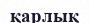
қарлық